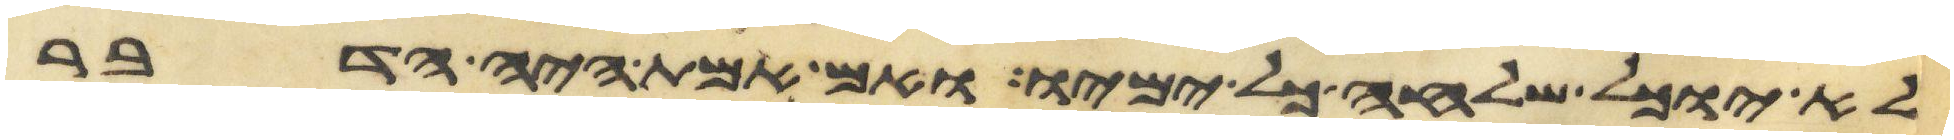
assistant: לא יוכל שלחה כל ימיו ואם אמת היה הדבר